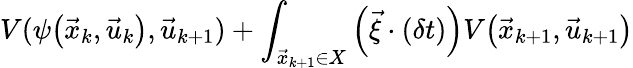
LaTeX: V(\psi\big(\vec{x}_{k},\vec{u}_{k}\big),\vec{u}_{k+1})+\int_{\vec{x}_{k+1}\in X}\left(\vec{\xi}\cdot(\delta t)\right)V\big(\vec{x}_{k+1},\vec{u}_{k+1}\big)